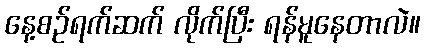
နေ့စဉ်ရက်ဆက် လိုက်ပြီး ရန်မူနေတာလဲ။